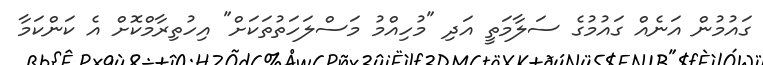
ގައުމުން އަނެއް ގައުމުގެ ސަލާމަތީ އަދި "މުހިއްމު މަސްލަހަތުތަކަށް" އިހުތިރާމްކޮށް އެ ކަންކަމާ